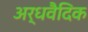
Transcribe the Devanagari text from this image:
अर्धवैदिक